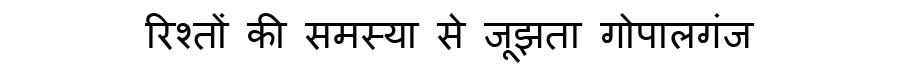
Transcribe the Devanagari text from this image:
रिश्तों की समस्या से जूझता गोपालगंज